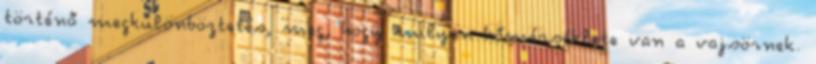
történő megkülönböztetés, meg, hogy milyen hőmérséklete van a vajsörnek.